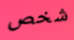
شخص